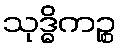
သုဒ္ဓိကဉ္စ